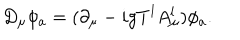
LaTeX: D _ { \mu } \phi _ { a } = ( \partial _ { \mu } - i g T ^ { l } A _ { \mu } ^ { l } ) \phi _ { a } .